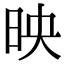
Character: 映